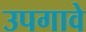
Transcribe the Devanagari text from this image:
उपगावे